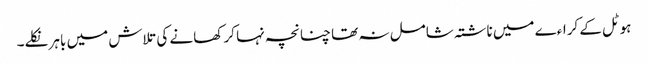
ہوٹل کے کراءے میں ناشتہ شامل نہ تھا چنانچہ نہا کر کھانے کی تلاش میں باہر نکلے۔